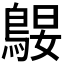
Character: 𱈪